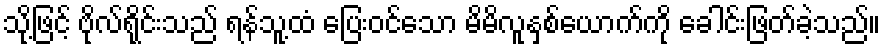
သို့ဖြင့် ဗိုလ်ရိုင်းသည် ရန်သူ့ထံ ပြေးဝင်သော မိမိလူနှစ်ယောက်ကို ခေါင်းဖြတ်ခဲ့သည်။